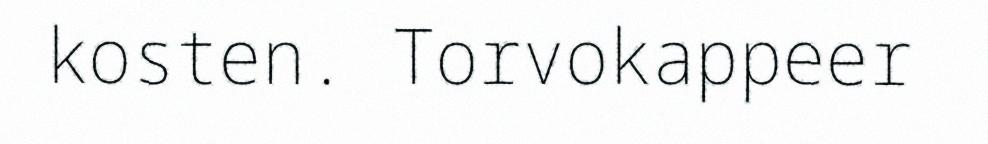
kosten. Torvokappeer